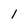
Character: 1